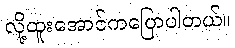
လို့ထူးအောင်ကပြောပါတယ်။